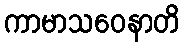
ကာမာသဝေနာတိ